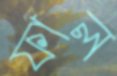
ফাল